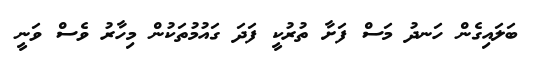
ބަލައިގެން ހަނދު މަސް ފަށާ ތުރުކީ ފަދަ ގައުމުތަކުން މިހާރު ވެސް ވަނީ